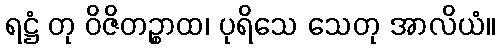
ရဋ္ဌံ တု ဝိဇိတဉ္စာထ၊ ပုရိသေ သေတု အာလိယံ။